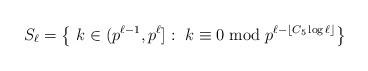
LaTeX: \begin{align*}S_{\ell}=\left\{\ k\in (p^{\ell-1},p^{\ell}]:\ k\equiv 0\bmod p^{\ell-\lfloor C_5\log\ell\rfloor}\right\}\end{align*}